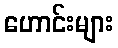
ဟောင်းများ